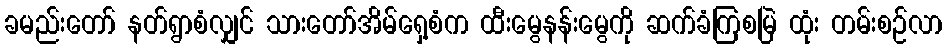
ခမည်းတော် နတ်ရွာစံလျှင် သားတော်အိမ်ရှေ့စံက ထီးမွေနန်းမွေကို ဆက်ခံကြစမြဲ ထုံး တမ်းစဉ်လာ